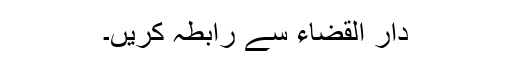
دار القضاء سے رابطہ کریں۔